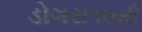
ડોગરા૧૦મી